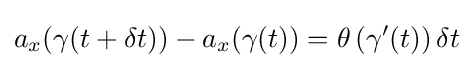
a_{x}(\gamma (t+\delta t))-a_{x}(\gamma (t))=\theta \left(\gamma '(t)\right)\delta t